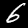
Digit: 6